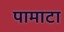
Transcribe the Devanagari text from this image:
पामाटा